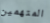
المتهمين